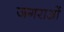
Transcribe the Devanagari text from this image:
जगराओं